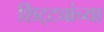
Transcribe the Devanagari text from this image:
शिट्ट्यांच्या